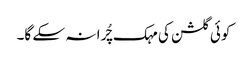
کوئی گلشن کی مہک چُرا نہ سکے گا۔